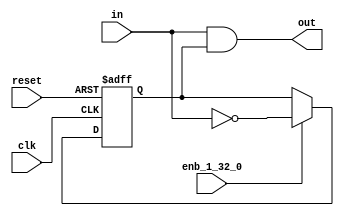
// -------------------------------------------------------------
// 
// 
// Generated by MATLAB 9.13 and HDL Coder 4.0
// 
// -------------------------------------------------------------


// -------------------------------------------------------------
// 
// Module: whdlOFDMTx_Rising_Edge_Detector_block
// Source Path: whdlOFDMTx/Frame Formation and OFDM Modulation/Make OFDM Valid Continuous/Rising Edge Detector
// Hierarchy Level: 4
// 
// -------------------------------------------------------------

`timescale 1 ns / 1 ns

module whdlOFDMTx_Rising_Edge_Detector_block
          (clk,
           reset,
           enb_1_32_0,
           in,
           out);


  input   clk;
  input   reset;
  input   enb_1_32_0;
  input   in;
  output  out;


  wire Logical_Operator1_out1;
  reg  Delay_out1;
  wire Logical_Operator_out1;


  assign Logical_Operator1_out1 =  ~ in;



  always @(posedge clk or posedge reset)
    begin : Delay_process
      if (reset == 1'b1) begin
        Delay_out1 <= 1'b0;
      end
      else begin
        if (enb_1_32_0) begin
          Delay_out1 <= Logical_Operator1_out1;
        end
      end
    end



  assign Logical_Operator_out1 = in & Delay_out1;



  assign out = Logical_Operator_out1;

endmodule  // whdlOFDMTx_Rising_Edge_Detector_block